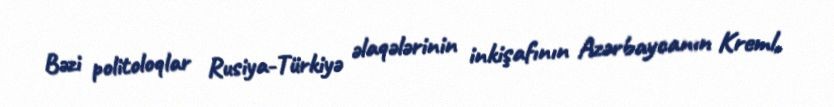
Bəzi politoloqlar Rusiya-Türkiyə əlaqələrinin inkişafının Azərbaycanın Kreml,